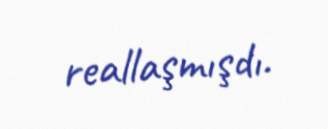
reallaşmışdı.